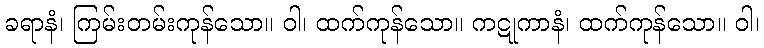
ခရာနံ၊ ကြမ်းတမ်းကုန်သော။ ဝါ၊ ထက်ကုန်သော။ ကဋုကာနံ၊ ထက်ကုန်သော။ ဝါ၊